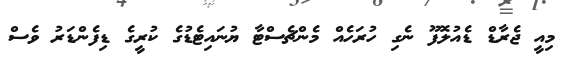
މިއީ ޖެރާޑް ޑެއުލޮފޫ ނެގި ހުރަހެއް މެންޗެސްޓާ ޔުނައިޓެޑުގެ ކުރީގެ ޑިފެންޑަރު ވެސް